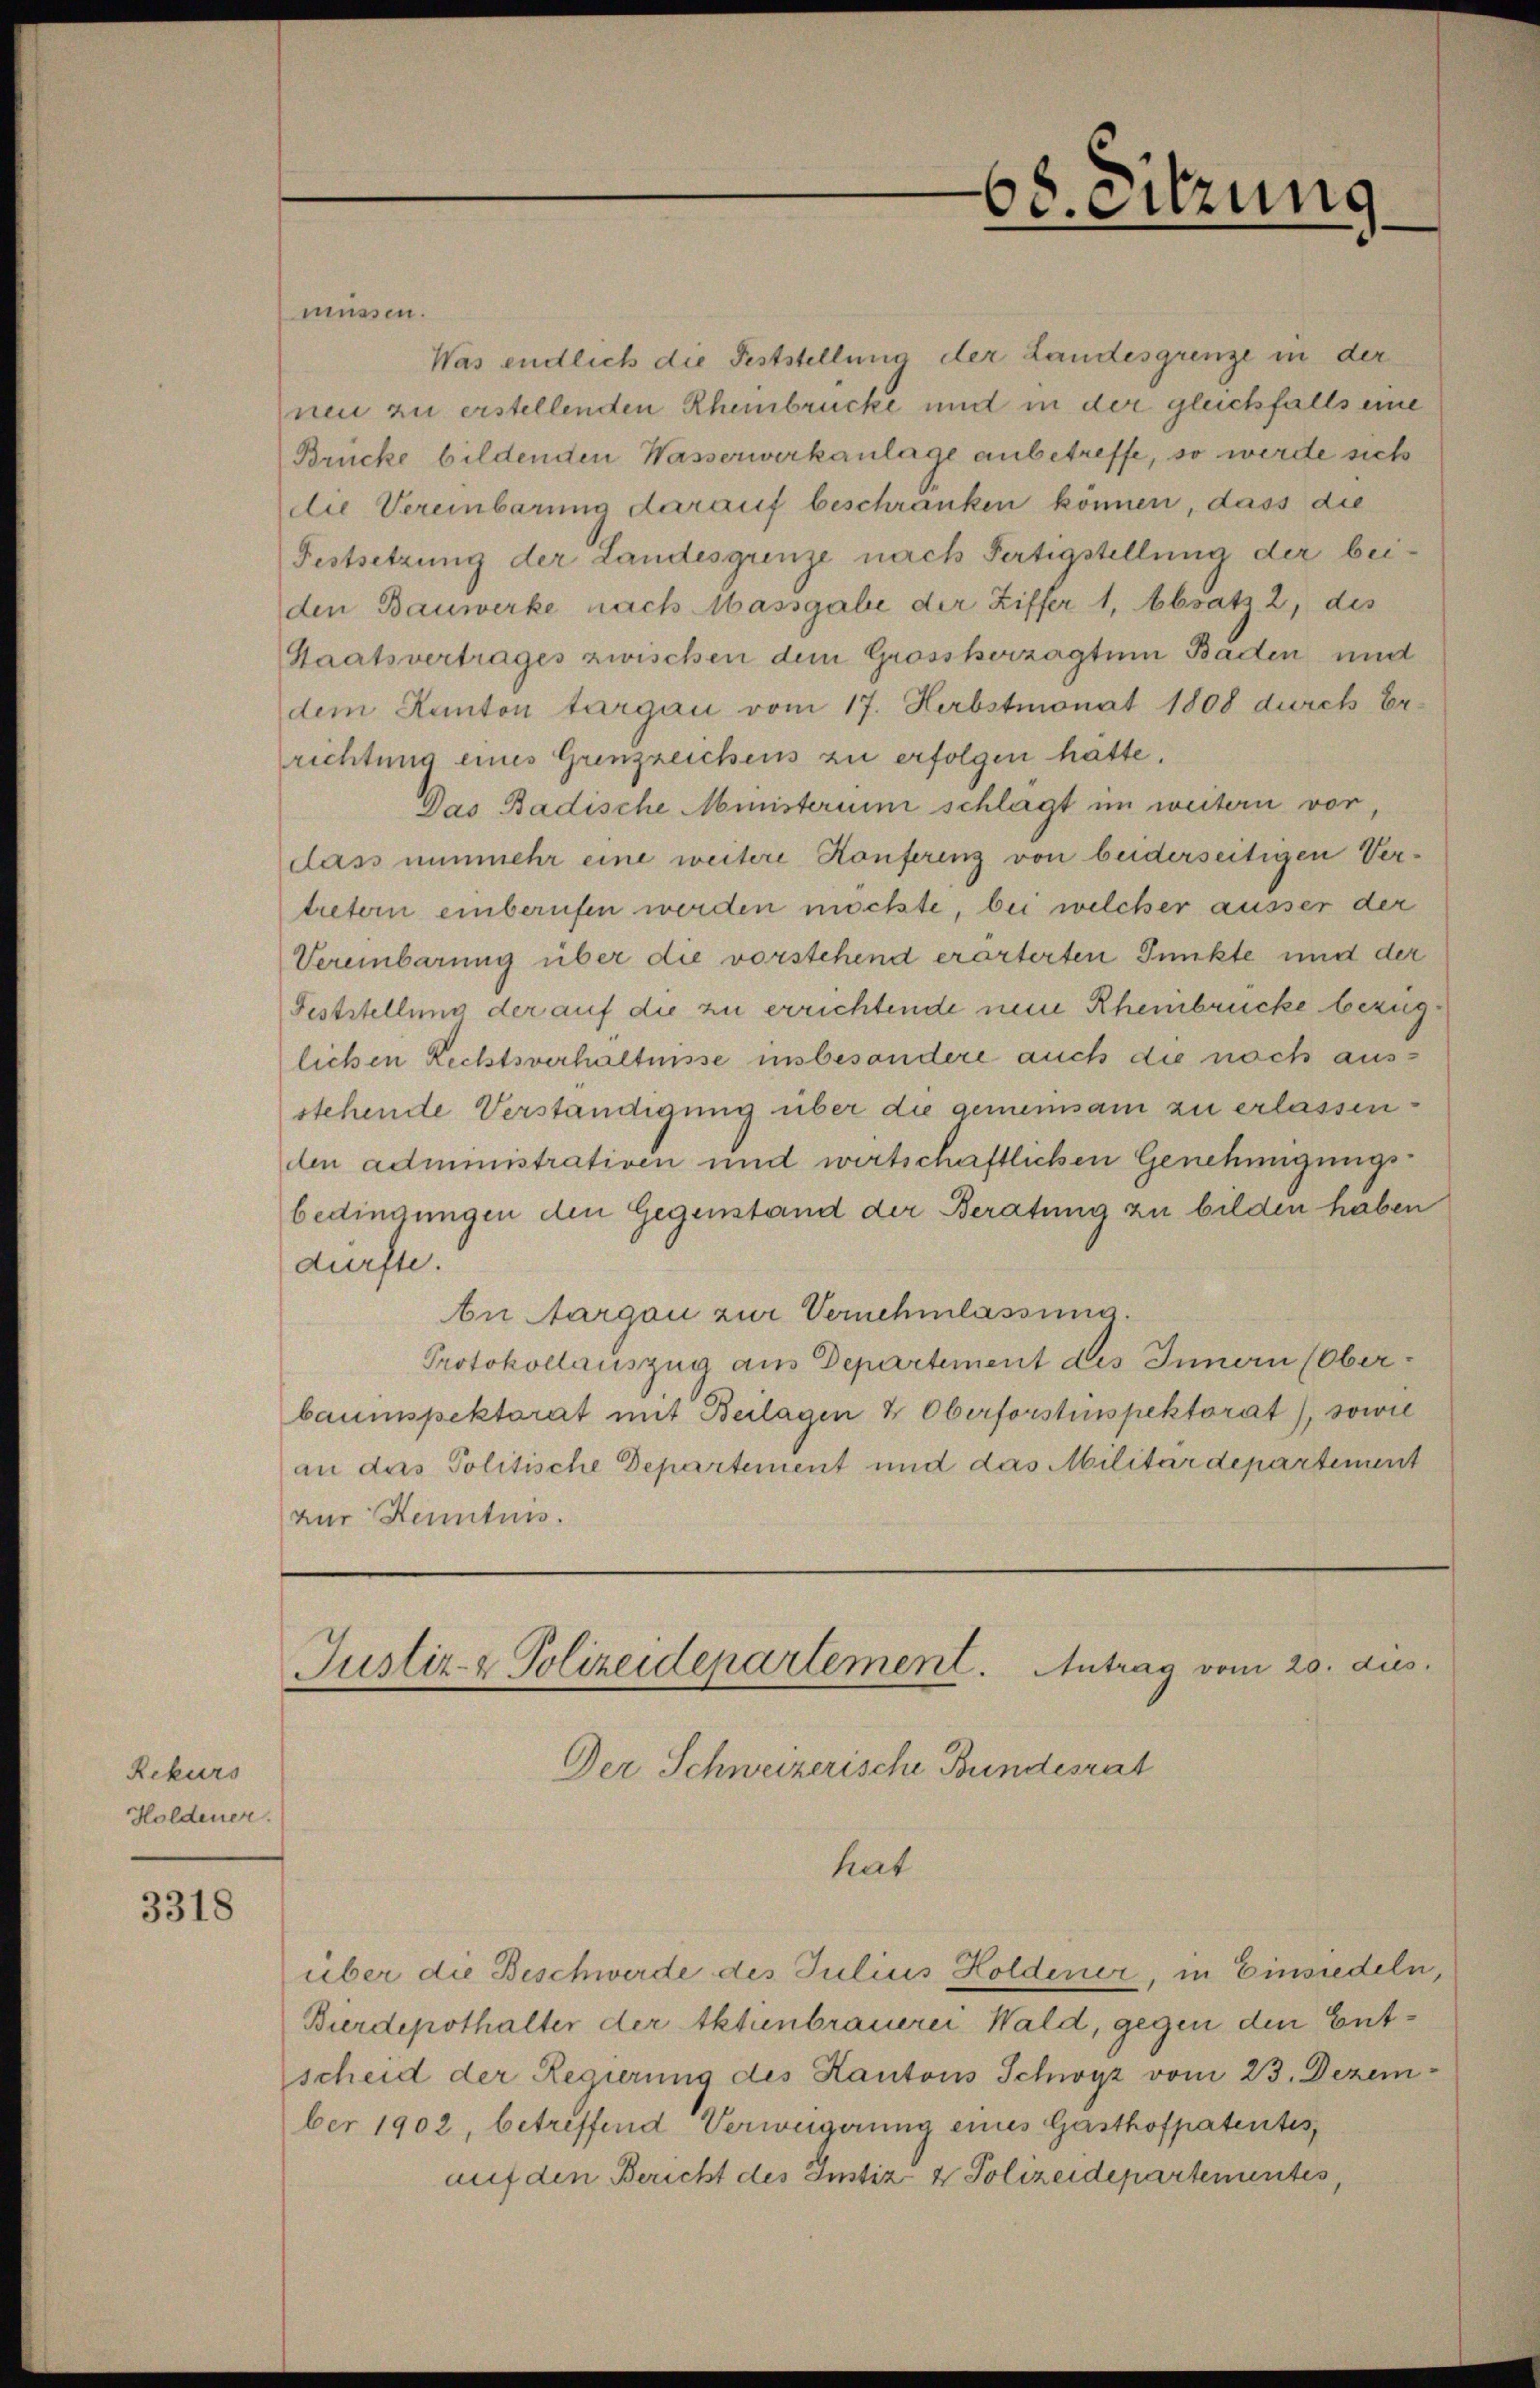
68. eitzung

müssen.
Was endlich die Feststellung der Landesgrenze in der
neu zu erstellenden Rheinbrücke und in der gleichfalls eine
Brücke bildenden Wasserwerkanlage anbetreffe, so werde sich
die Vereinbarung darauf beschränken können, dass die
Festsetzung der Landesgrenze nach Fertigstellung der beiden Bauwerke nach Massgabe der Ziffer 1, Absatz 2, des
Staatsvertrages zwischen dem Grosskerzagtum Baden und
dem Kanton targau vom 17. Herbstmonat 1808 durch Er-
richtung eines Grenzzeichens zu erfolgen hatte.
Das Badische Ministerium schlagt im weitern vor,
dass nunmehr eine weitere Konferenz von beiderseitigen Vertretern einberufen werden möchte, bei welcher ausser der
Vereinbarung über die vorstehend erarterten Punkte und der
Feststellung der auf die zu errichtende neue Rheinbrücke bezüglichen Rechtsverhältnisse insbesondere auch die noch ausstehende Verständigung über die gemeinsam zu erlassen.
dlen administrativen und wirtschaftlichen Genehmigungsbedingungen den Gegenstand der Beratung zu bilden haben
dürfte.
bei Aargau zur Vernehmlassung.
Protokollauszug aus Departement des Innern (Oberbaumspektorat mit Beilagen & Oberforstinspektorat), sowie
an das Politische Departement und das Militärdepartement
zur Kenntnis.

Justiz- & Polizeidepartement. Antrag vom 20. dies

Der Schweizerische Bundesrat
hat
über die Beschwerde des Julius Holdener, in Einsiedeln,
Bierdepothalter der Aktenbrauerei Wald, gegen den Entscheid der Regierung des Kantons Schwyz vom 23. Dezember 1902, betreffend Verweigerung eines Gasthofpatentes
auf den Bericht des Instiz & Polizeidepartementes,

Rekurs
Holdener.

3318